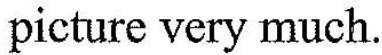
picture very much.